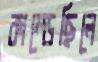
কাম্‌ড়েছিলে